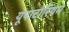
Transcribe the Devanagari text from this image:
यूपाटोरियम